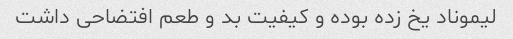
لیموناد یخ زده بوده و کیفیت بد و طعم افتضاحی داشت